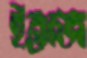
ইন্তাজ